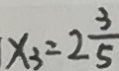
x _ { 3 } = 2 \frac { 3 } { 5 }